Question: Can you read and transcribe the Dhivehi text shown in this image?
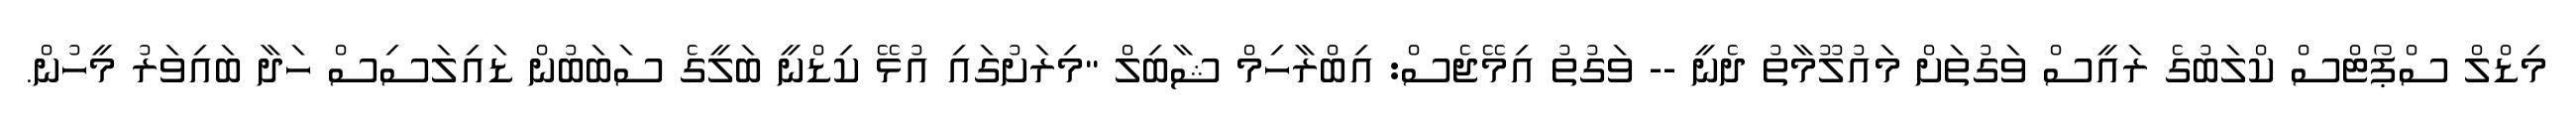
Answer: މިޑްލް ސްޕޯޓްސް ކްލަބުގެ ރައީސް ވަގުތަށް މައުލޫމާތު ދެނީ -- ވަގުތު އިމޭޖެސް: އިބްރާހިމް ޝާބިލް "މިރަށުގައި އުޅޭ ކިޑްނީ ބަލީގެ ސަބަބުން ޑައިލަސިސް ހަދާ ބައިވަރު މީހުން.